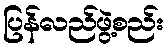
ပြန်လည်ဖွဲ့စည်း